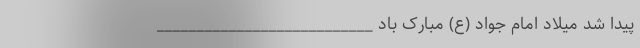
پیدا شد میلاد امام جواد (ع) مبارک باد ___________________________